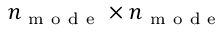
n _ { \mathrm { ~ m ~ o ~ d ~ e ~ } } \times n _ { \mathrm { ~ m ~ o ~ d ~ e ~ } }